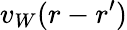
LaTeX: v_{W}(r-r^{\prime})